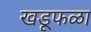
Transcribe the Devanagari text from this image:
खडूफळा